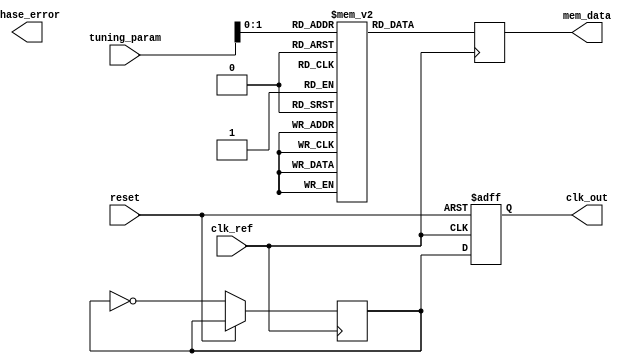
module pll (
    input wire clk_ref,          // Reference clock input
    input wire reset,            // Reset signal
    output wire clk_out,         // Output clock signal
    output wire phase_error,      // Phase error signal
    input wire [N-1:0] tuning_param,  // Tuning parameters from memory blocks
    output reg [N-1:0] mem_data  // Memory data output
);
    parameter N = 8; // Example tuning parameter size

    // Phase Detector
    reg pd_output; // Phase Detector output
    reg [1:0] phase_state; // State of the phase detector

    // Loop Filter
    reg [N-1:0] control_voltage; // Control voltage output
    reg [N-1:0] filter_output; // Loop filter output

    // Voltage-Controlled Oscillator (VCO)
    reg [N-1:0] vco_frequency; // VCO frequency
    reg clk_vco; // VCO clock output

    // Frequency Divider
    reg [N-1:0] divider; // Divider value
    reg clk_feedback; // Feedback clock signal

    // Memory Block for tuning parameters
    reg [N-1:0] memory_block [0:3]; // Example memory blocks for tuning
    initial begin
        // Initialize memory blocks with tuning parameters
        memory_block[0] = 8'h1A; // Example value
        memory_block[1] = 8'h2B; // Example value
        memory_block[2] = 8'h3C; // Example value
        memory_block[3] = 8'h4D; // Example value
    end

    // Control Logic
    always @(posedge clk_ref or posedge reset) begin
        if (reset) begin
            pd_output <= 0;
            control_voltage <= 0;
            vco_frequency <= 0;
            clk_out <= 0;
        end else begin
            // Phase Detector Logic
            phase_state <= {clk_ref, clk_feedback}; // Sample phase states
            // Simple phase error detection
            if (phase_state[0] && ~phase_state[1])
                pd_output <= 1; // Phase leading
            else if (~phase_state[0] && phase_state[1])
                pd_output <= 0; // Phase lagging

            // Loop Filter Logic (simple integrator)
            control_voltage <= control_voltage + pd_output - (1 - pd_output); // Adjust control voltage

            // VCO Logic
            vco_frequency <= control_voltage + tuning_param; // Adjust frequency based on control voltage
            clk_vco <= ~clk_vco; // Toggle VCO clock

            // Frequency Divider Logic
            if (clk_vco) begin
                divider <= divider + 1;
                if (divider == 4) begin // Divide by 4 for feedback
                    clk_feedback <= ~clk_feedback;
                    divider <= 0;
                end
            end

            // Output Clock Generation
            clk_out <= clk_vco; // Output VCO clock as output clock
        end
    end

    // Memory Access Logic
    always @(posedge clk_ref) begin
        mem_data <= memory_block[tuning_param]; // Example memory access
    end
endmodule